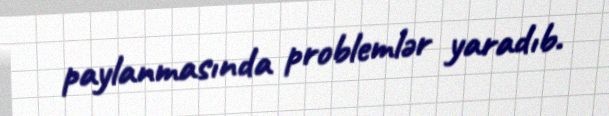
paylanmasında problemlər yaradıb.